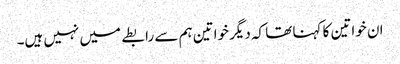
ان خواتین کا کہنا تھا کہ دیگر خواتین ہم سے رابطے میں نہیں ہیں۔